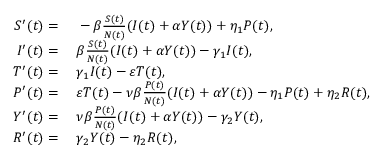
\begin{array} { r l } { S ^ { \prime } ( t ) = } & { { } \; - \beta \frac { S ( t ) } { N ( t ) } ( I ( t ) + \alpha Y ( t ) ) + \eta _ { 1 } P ( t ) , } \\ { I ^ { \prime } ( t ) = } & { { } \; \beta \frac { S ( t ) } { N ( t ) } ( I ( t ) + \alpha Y ( t ) ) - \gamma _ { 1 } I ( t ) , } \\ { T ^ { \prime } ( t ) = } & { { } \; \gamma _ { 1 } I ( t ) - \varepsilon T ( t ) , } \\ { P ^ { \prime } ( t ) = } & { { } \; \varepsilon T ( t ) - \nu \beta \frac { P ( t ) } { N ( t ) } ( I ( t ) + \alpha Y ( t ) ) - \eta _ { 1 } P ( t ) + \eta _ { 2 } R ( t ) , } \\ { Y ^ { \prime } ( t ) = } & { { } \; \nu \beta \frac { P ( t ) } { N ( t ) } ( I ( t ) + \alpha Y ( t ) ) - \gamma _ { 2 } Y ( t ) , } \\ { R ^ { \prime } ( t ) = } & { { } \; \gamma _ { 2 } Y ( t ) - \eta _ { 2 } R ( t ) , } \end{array}